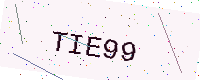
Text: TIE99